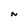
Character: N